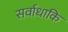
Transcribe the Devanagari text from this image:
सर्वाधाकि